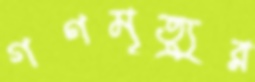
গণমৃত্যুর